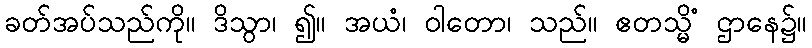
ခတ်အပ်သည်ကို။ ဒိသွာ၊ ၍။ အယံ၊ ဝါတော၊ သည်။ ဧတသ္မိံ ဌာနေ၌။